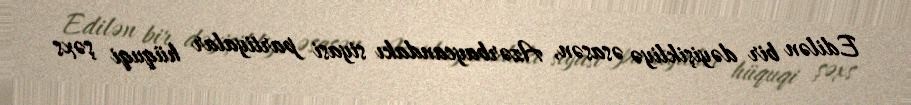
Edilən bir dəyişikliyə əsasən, Azərbaycandakı siyasi partiyalar hüquqi şəxs